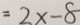
= 2 x - 8